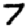
Digit: 7